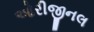
ઓરીજીનલ